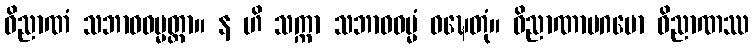
ဝိညာဏံ သဘာဝဓမ္မတ္တာ။ န ဟိ သက္ကာ သဘာဝဓမ္မံ ဝဍ္ဎေတုံ။ ဝိညာဏာပဂမော ဝိညာဏဿ